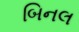
બિનલ